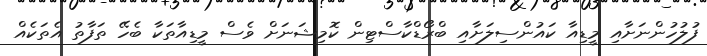
ފުލުހުންނަށާއި މީޑިއާ ކައުންސިލަށާއި ބްރޯޑްކާސްޓިން ކޮމިޝަނަށް ވެސް މީޑިއާތަކާ ބެހޭ ތަފާތު އެތަކެއް